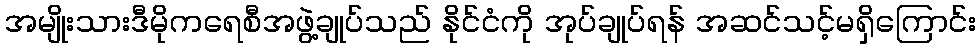
အမျိုးသားဒီမိုကရေစီအဖွဲ့ချုပ်သည် နိုင်ငံကို အုပ်ချုပ်ရန် အဆင်သင့်မရှိကြောင်း